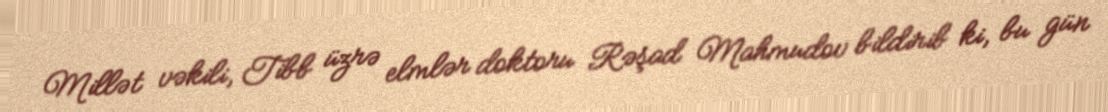
Millət vəkili, Tibb üzrə elmlər doktoru Rəşad Mahmudov bildirib ki, bu gün